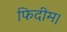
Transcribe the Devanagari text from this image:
फिदीम।